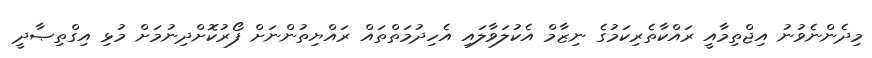
މިދެންނެވުނު އިޖްތިމާއީ ރައްކާތެރިކަމުގެ ނިޒާމް އެކުލަވާލައި އެހިދުމަތްތައް ރައްޔިތުންނަށް ފޯރުކޮށްދިނުމަށް މުޅި އިގްތިޞާދީ